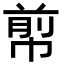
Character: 𢃬